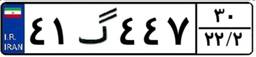
۴۱گ۴۴۷۳۰